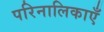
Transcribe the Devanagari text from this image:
परिनालिकाएँ